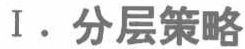
I. 分层策略